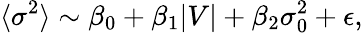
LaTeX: \langle{\sigma^{2}}\rangle\sim\beta_{0}+\beta_{1}|V|+\beta_{2}\sigma_{0}^{2}+\epsilon,